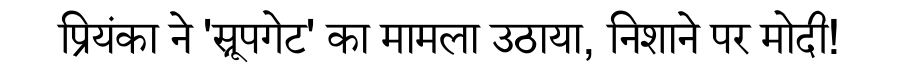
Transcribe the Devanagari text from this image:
प्रियंका ने 'स्नूपगेट' का मामला उठाया, निशाने पर मोदी!